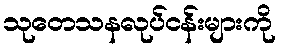
သုတေသနလုပ်ငန်းများကို